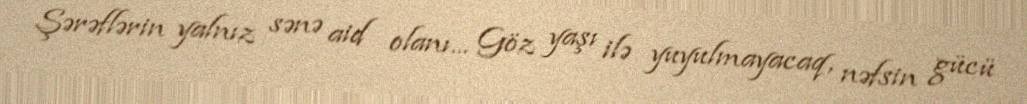
Şərəflərin yalnız sənə aid olanı... Göz yaşı ilə yuyulmayacaq, nəfsin gücü